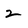
Character: 2